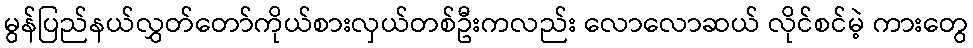
မွန်ပြည်နယ်လွှတ်တော်ကိုယ်စားလှယ်တစ်ဦးကလည်း လောလောဆယ် လိုင်စင်မဲ့ ကားတွေ